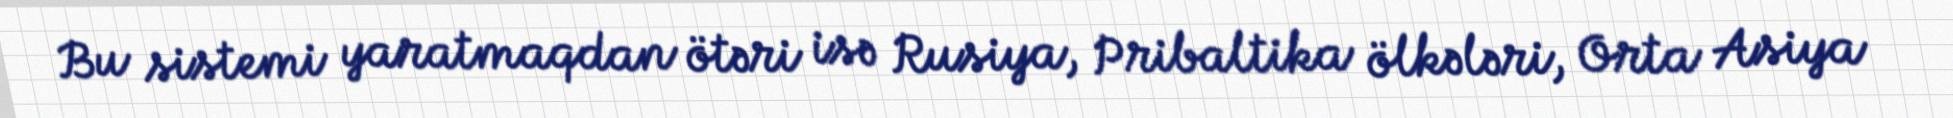
Bu sistemi yaratmaqdan ötəri isə Rusiya, Pribaltika ölkələri, Orta Asiya